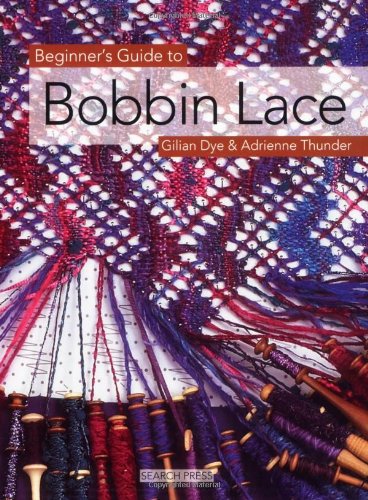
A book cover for Beginner's Guide to Bobbin Lace (Beginner's Guide to Needlecraft); Gilian Dye; Crafts, Hobbies & Home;